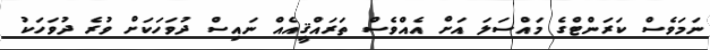
ނަމަވެސް ކަރަންޓްގެ މައްސަލަ އަށް އެއްވެސް ތަރައްޤީއެއް ނައިސް ދުވަހަކަށް ވުރެ ދުވަހަކު